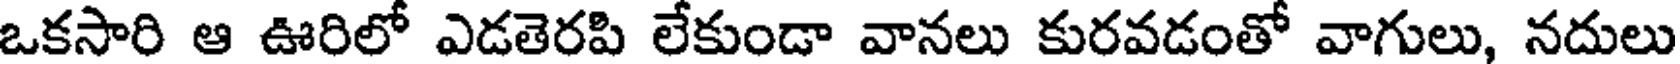
ఒకసారి ఆ ఊరిలో ఎడతెరపి లేకుండా వానలు కురవడంతో వాగులు, నదులు